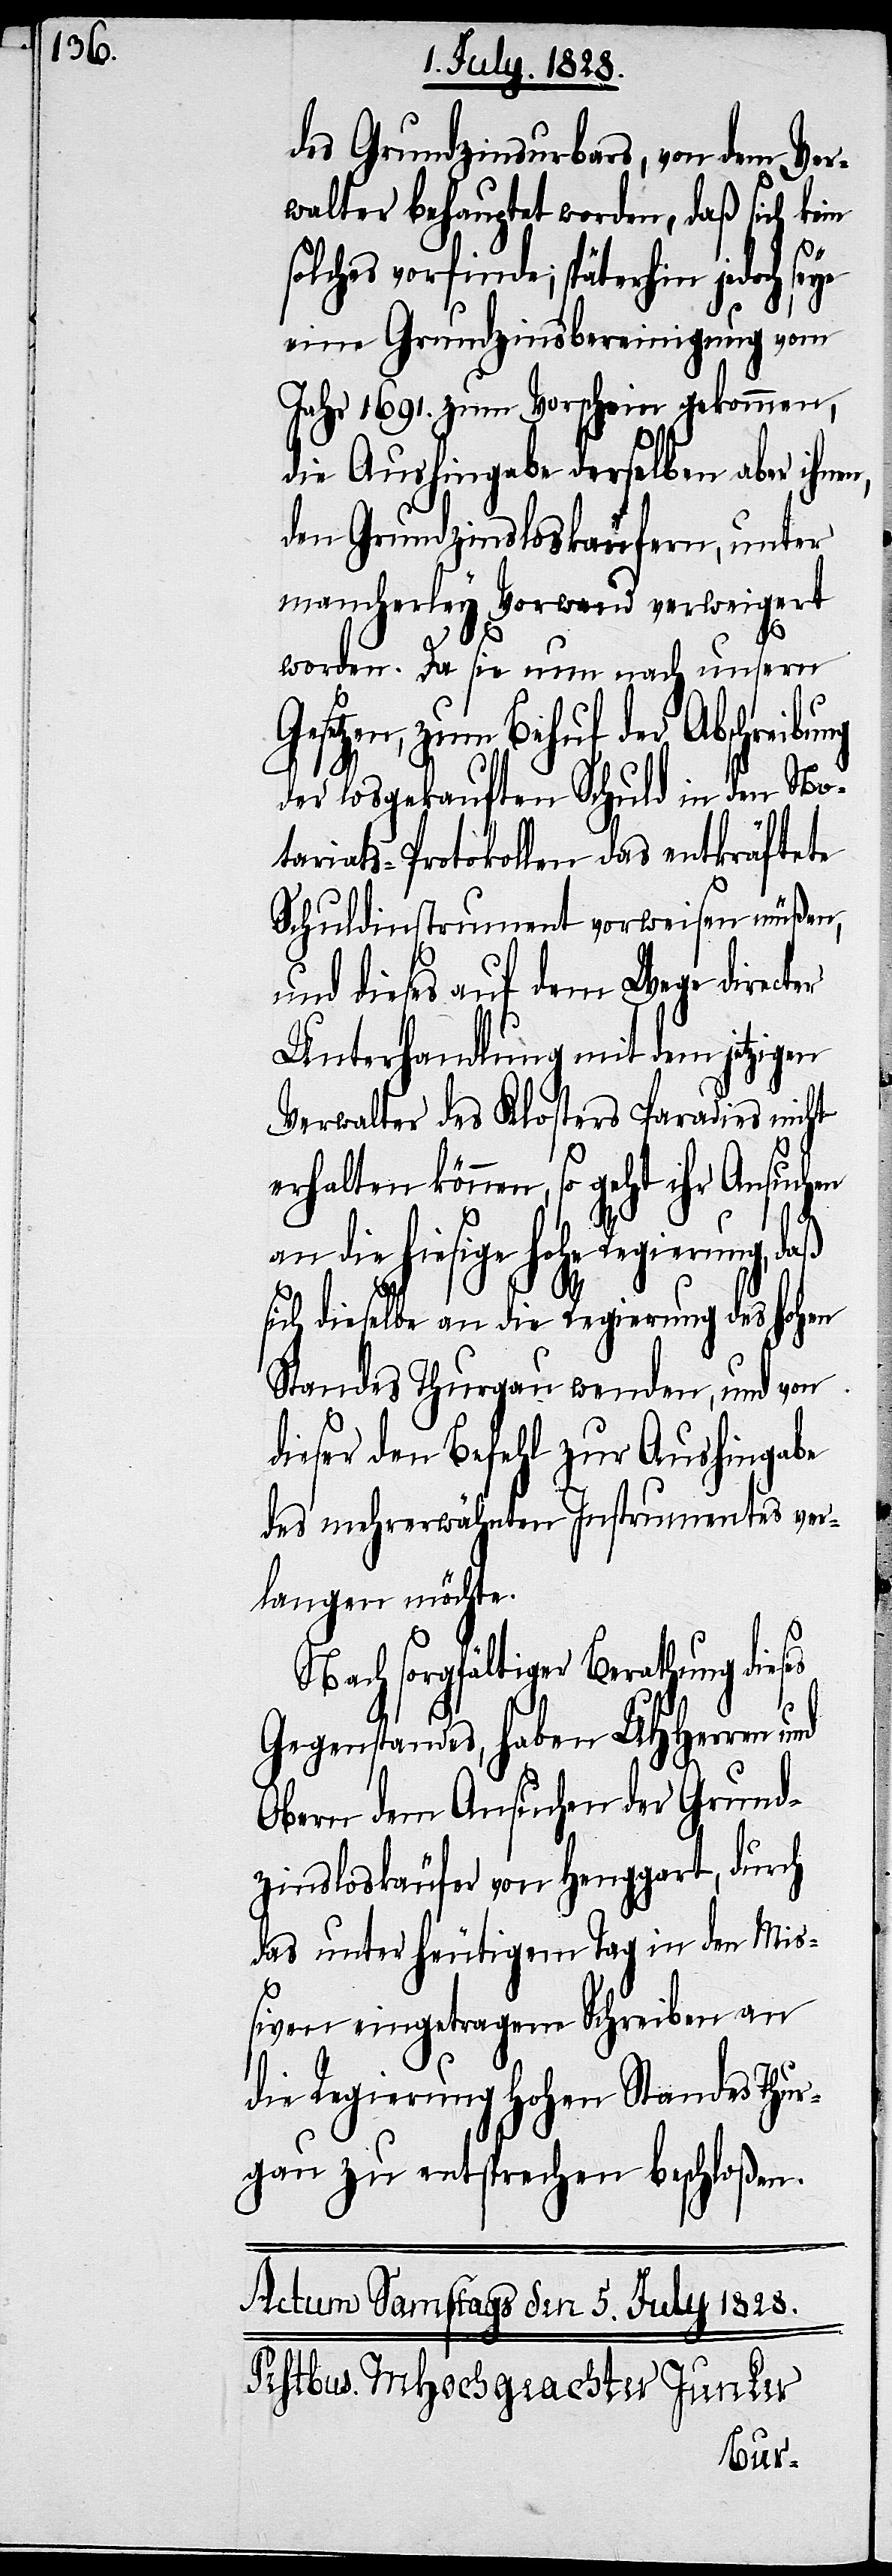
s¬

des Grundzinsurbars, von dem Ver¬
walter behauptet worden, daß sich kein
solches vorfinde; späterhin jedoch
eine Grundzinsbereinigung vom
Jahr 1691. zum Vorschein gekommen,
die Aushingabe derselben aber ihnen,
den Grundzinsloskäufern, unter
mancherley Vorwand verweigert
worden. Da sie nun nach unsern
Gesetzen, zum Behuf der Abschreibu¬
der losgekauften Schuld in den No¬
tariats-Protokollen das entkräftete
Schuldinstrument vorweisen müßen,
und dieses auf dem Wege directer
Unterhandlung mit dem jetzigen
Verwalter des Klosters Paradies nicht
erhalten können, so geht ihr Ansuchen
an die hiesige hohe Regierung, daß
ich dieselbe an die Regierung des hohen
Standes Thurgau wenden, und von
dieser den Befehl zur Aushingabe
des mehrerwähnten Instrumentes ver¬
langen möchte.
Nach sorgfältiger Berathung dieses
Gegenstandes, haben UHHerren
Obern dem Ansuchen der Grund¬
zinsloskäufer von Henggart, durch
das unter heutigem Tag in den Mi¬
ßiven eingetragene Schreiben an
die Regierung Hohen Standes Thur¬
gau zu entsprechen beschloßen.